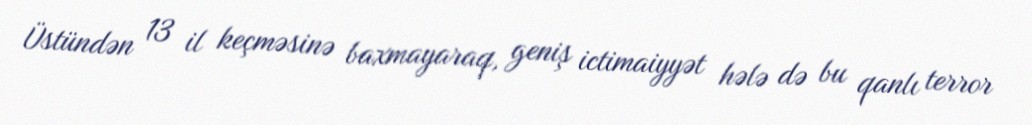
Üstündən 13 il keçməsinə baxmayaraq, geniş ictimaiyyət hələ də bu qanlı terror